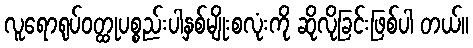
လူရောရုပ်ဝတ္ထုပစ္စည်းပါနှစ်မျိုးစလုံးကို ဆိုလိုခြင်းဖြစ်ပါ တယ်။